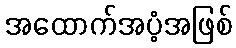
အထောက်အပံ့အဖြစ်